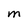
Character: M